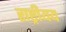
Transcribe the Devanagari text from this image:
राष्ट्रीयय